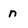
Character: n